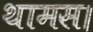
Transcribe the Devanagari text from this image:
थामस।